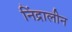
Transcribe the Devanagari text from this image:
निंद्रालीन